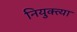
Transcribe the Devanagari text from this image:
नियुक्त्या